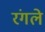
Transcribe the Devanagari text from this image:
रंगले